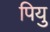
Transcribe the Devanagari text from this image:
पियु